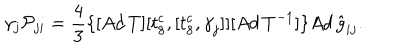
\gamma _ { j } { \cal P } _ { j i } = \frac { 4 } { 3 } \{ [ A d \, T ] [ t _ { 8 } ^ { c } , [ t _ { 8 } ^ { c } , { \gamma } _ { j } ] ] [ A d \, T ^ { - 1 } ] \} { A d \, { \hat { g } } } _ { i j } .